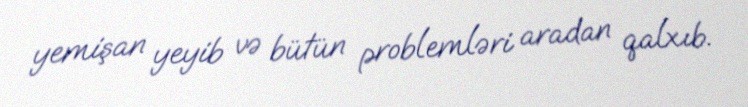
yemişan yeyib və bütün problemləri aradan qalxıb.